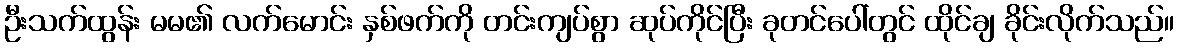
ဦးသက်ထွန်း မမ၏ လက်မောင်း နှစ်ဖက်ကို တင်းကျပ်စွာ ဆုပ်ကိုင်ပြီး ခုတင်ပေါ်တွင် ထိုင်ချ ခိုင်းလိုက်သည်။